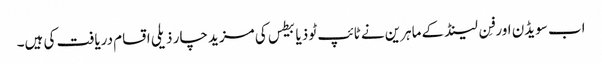
اب سویڈن اور فِن لینڈ کے ماہرین نے ٹائپ ٹو ذیابیطس کی مزید چار ذیلی اقسام دریافت کی ہیں۔